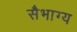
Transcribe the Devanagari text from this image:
सैभाग्य